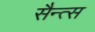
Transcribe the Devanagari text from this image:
सैन्त्स